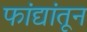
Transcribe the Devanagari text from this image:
फांद्यांतून